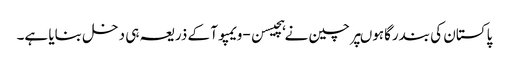
پاکستان کی بندرگاہوںپر چین نے ہچیسن-ویمپوآ کے ذریعہ ہی دخل بنایا ہے۔